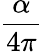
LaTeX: \frac{\alpha}{4\pi}